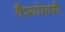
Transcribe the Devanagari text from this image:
वैश्यांमध्ये